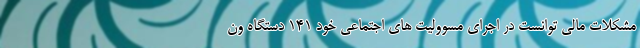
مشکلات مالی توانست در اجرای مسوولیت های اجتماعی خود ۱۴۱ دستگاه ون